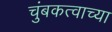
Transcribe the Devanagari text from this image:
चुंबकत्वाच्या